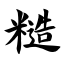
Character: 糙